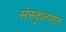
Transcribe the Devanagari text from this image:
संस्कृतागत